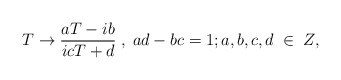
\begin{align*}T \rightarrow \frac{a T - i b}{i c T + d}\;,\;ad-bc=1;a,b,c,d\;\in\;Z,\end{align*}